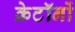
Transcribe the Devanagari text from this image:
क्रेटॉनों